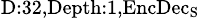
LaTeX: _{\textrm{D}:32,\textrm{Depth}:1,\textrm{EncDec}_{\textrm{S}}}